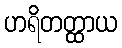
ဟရိတတ္ထာယ